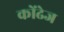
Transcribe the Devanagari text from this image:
कोंढेज